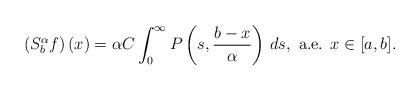
LaTeX: \begin{align*}\left(S_b^\alpha f\right)(x)=\alpha C \int_0^\infty P\left(s,\frac{b-x}{\alpha}\right)\,ds,\mbox{ a.e. } x\in [a,b].\end{align*}